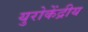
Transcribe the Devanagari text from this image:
युरोकेंद्रीय